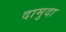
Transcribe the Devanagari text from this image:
दामुदा